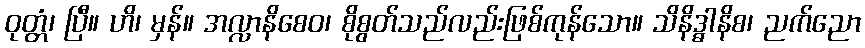
ဝုတ္တံ၊ ပြီ။ ဟိ၊ မှန်။ အလ္လာနိစေဝ၊ စိုစွတ်သည်လည်းဖြစ်ကုန်သော။ သိနိဒ္ဓါနိစ၊ ညက်ညော